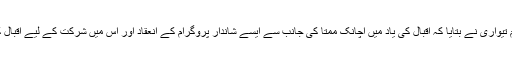
مغربی بنگال کے دارالحکومت کولکتہ سے ہمارے نمائندے پی ایم تیواری نے بتایا کہ اقبال کی یاد میں اچانک ممتا کی جانب سے ایسے شاندار پروگرام کے انعقاد اور اس میں شرکت کے لیے اقبال کے پوتے کو راتوں رات ویزا ملنے سے کئی سوال پیدا ہوئے ہیں۔